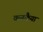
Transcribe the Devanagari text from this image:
कनकैया